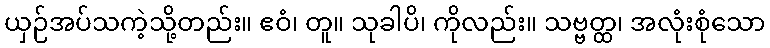
ယှဉ်အပ်သကဲ့သို့တည်း။ ဧဝံ၊ တူ။ သုခါပိ၊ ကိုလည်း။ သဗ္ဗတ္ထ၊ အလုံးစုံသော